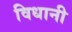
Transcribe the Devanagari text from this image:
विधानी